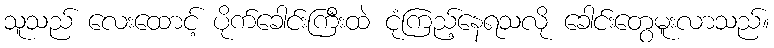
သူသည် လေးထောင့် ပိုက်ခေါင်းကြီးထဲ ငုံကြည့်နေရသလို ခေါင်းတွေမူးလာသည်။